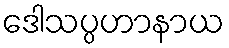
ဒေါသပ္ပဟာနာယ